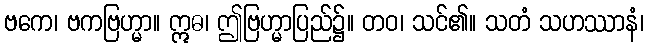
ဗကေ၊ ဗကဗြဟ္မာ။ ဣဓ၊ ဤဗြဟ္မာပြည်၌။ တဝ၊ သင်၏။ သတံ သဟဿာနံ၊